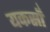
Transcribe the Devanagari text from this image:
यकसाँ